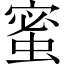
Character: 蜜